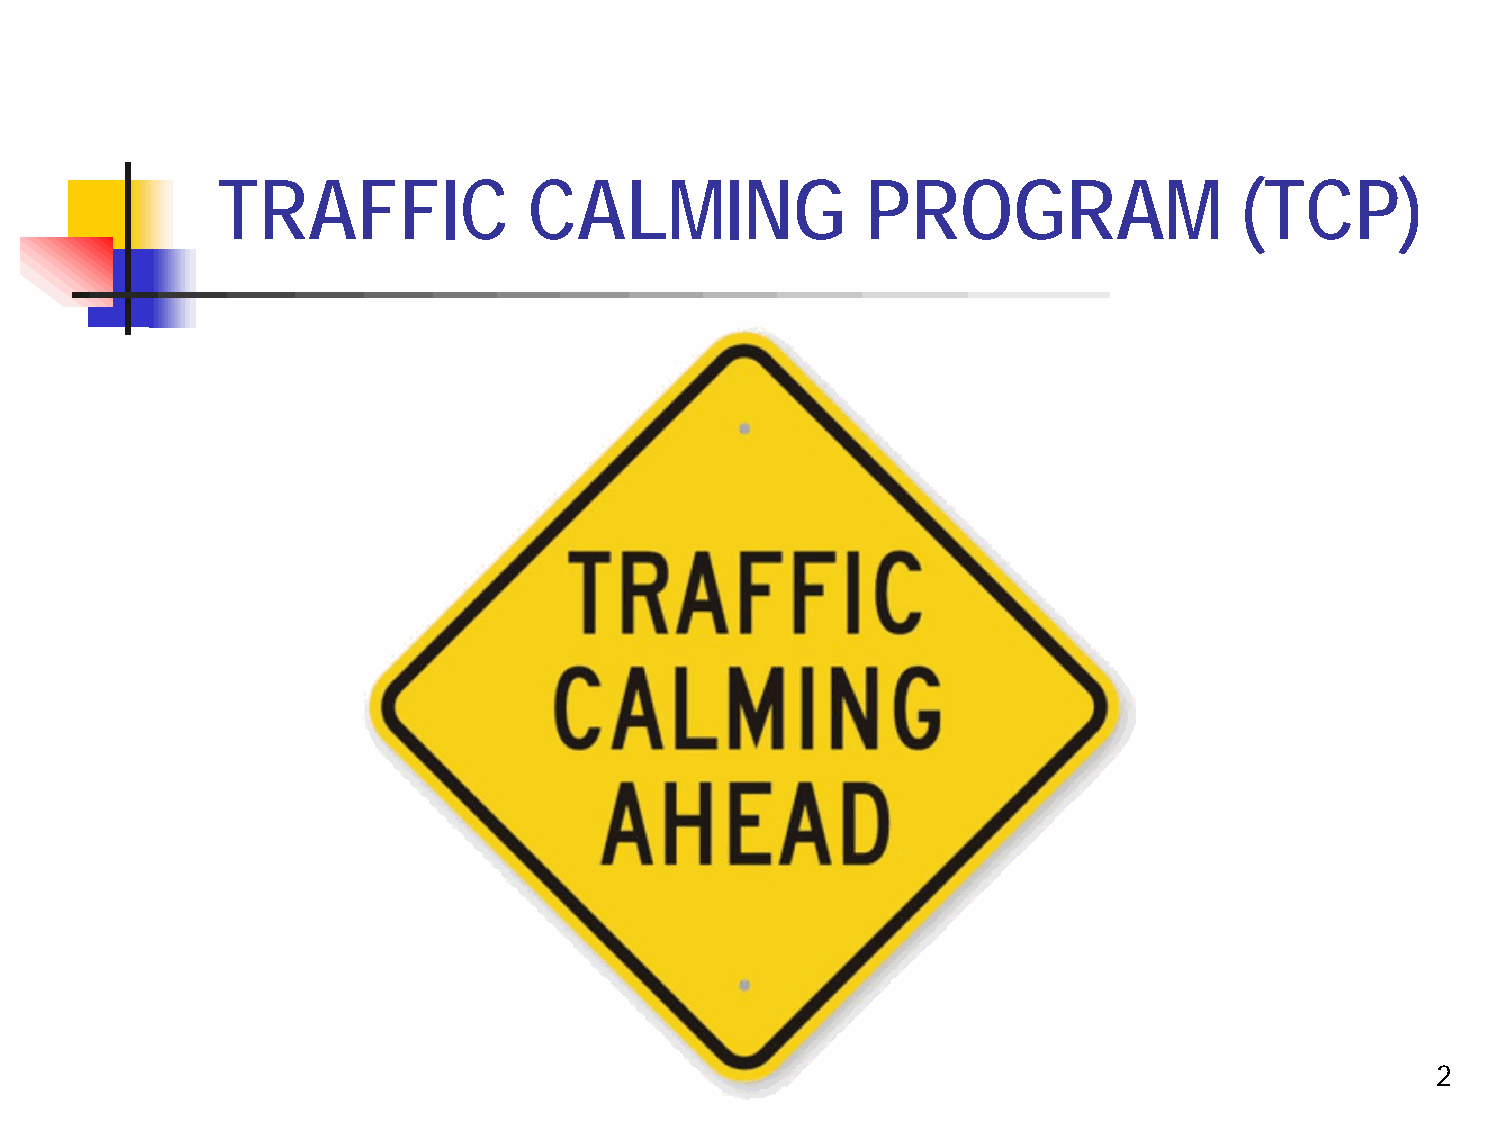
TRAFFIC              CALMING               PROGRAM                  (TCP)
 2